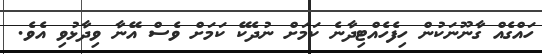
ހައްގެއް ގާނޫނަކުން ހިފެހެއްޓިދާނެ ކަމަށް ނުދެކޭ ކަމަށް ވެސް އޭނާ ވިދާޅުވި އެވެ.